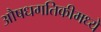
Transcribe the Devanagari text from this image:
औषधगतिकीमध्ये